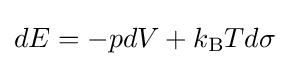
dE=-pdV+k_{\text{B}}Td\sigma